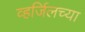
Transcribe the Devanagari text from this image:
व्हर्जिलच्या